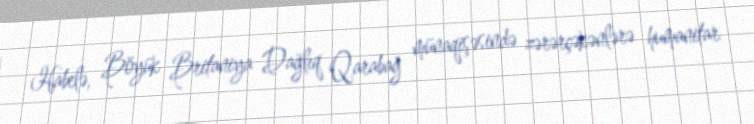
Habelə, Böyük Britaniya Dağlıq Qarabağ münaqişəsində zərərçəkənlərə humanitar